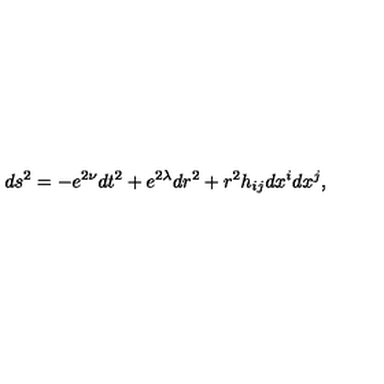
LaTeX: d s ^ { 2 } = - e ^ { 2 \nu } d t ^ { 2 } + e ^ { 2 \lambda } d r ^ { 2 } + r ^ { 2 } h _ { i j } d x ^ { i } d x ^ { j } ,